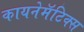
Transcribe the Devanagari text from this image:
कायनेमॅटिक्स